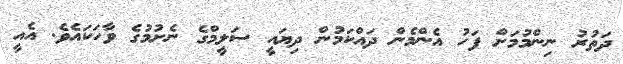
ދަތުރު ނިންމުމަށް ފަހު އެންމެން ދައްކަމުން ދިޔައީ ސަލީމްގެ ނެށުމުގެ ވާހަކައެވެ. އެއީ